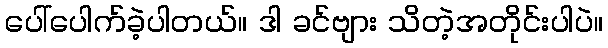
ပေါ်ပေါက်ခဲ့ပါတယ်။ ဒါ ခင်ဗျား သိတဲ့အတိုင်းပါပဲ။